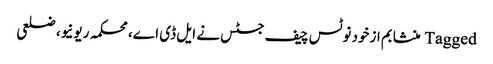
Tagged منشا بم ازخود نوٹس چیف جسٹس نے ایل ڈی اے، محکمہ ریونیو، ضلعی